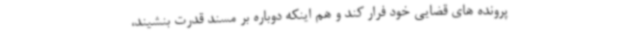
پرونده های قضایی خود فرار کند و هم اینکه دوباره بر مسند قدرت بنشیند،